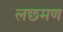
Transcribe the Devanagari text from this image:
लछमण